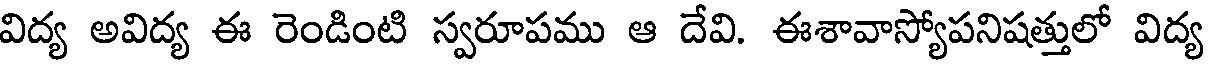
విద్య అవిద్య ఈ రెండింటి స్వరూపము ఆ దేవి. ఈశావాస్యోపనిషత్తులో విద్య